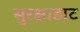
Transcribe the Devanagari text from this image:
सुरक्षाडाट